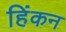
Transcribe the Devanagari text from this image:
हिंकन